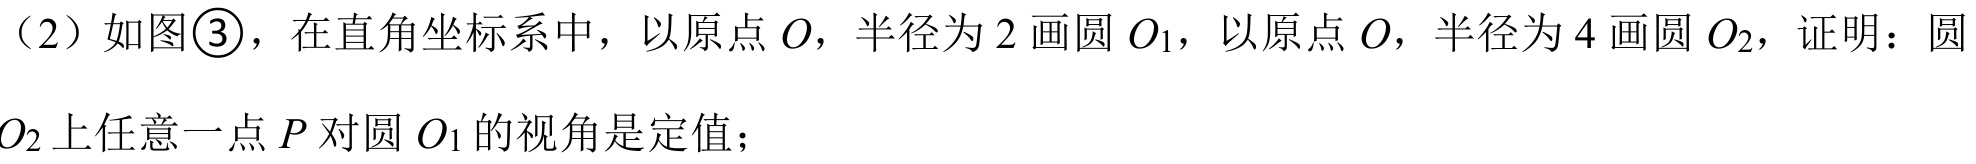
（2）如图\textcircled{3}，在直角坐标系中，以原点\(O\)，半径为\(2\)画圆\(O_{1}\)，以原点\(O\)，半径为\(4\)画圆\(O_{2}\)，证明：圆\(O_{2}\)上任意一点\(P\)对圆\(O_{1}\)的视角是定值；